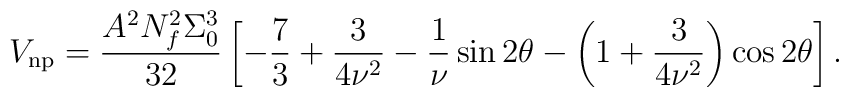
V_{\rm np}=\frac{A^2N_f^2\Sigma_0^3}{32}\left[-{7\over3}+\frac{3}{4\nu^2}-{1\over \nu}\sin{2\theta}-\left(1+\frac{3}{4\nu^2}\right)\cos{2\theta}\right].